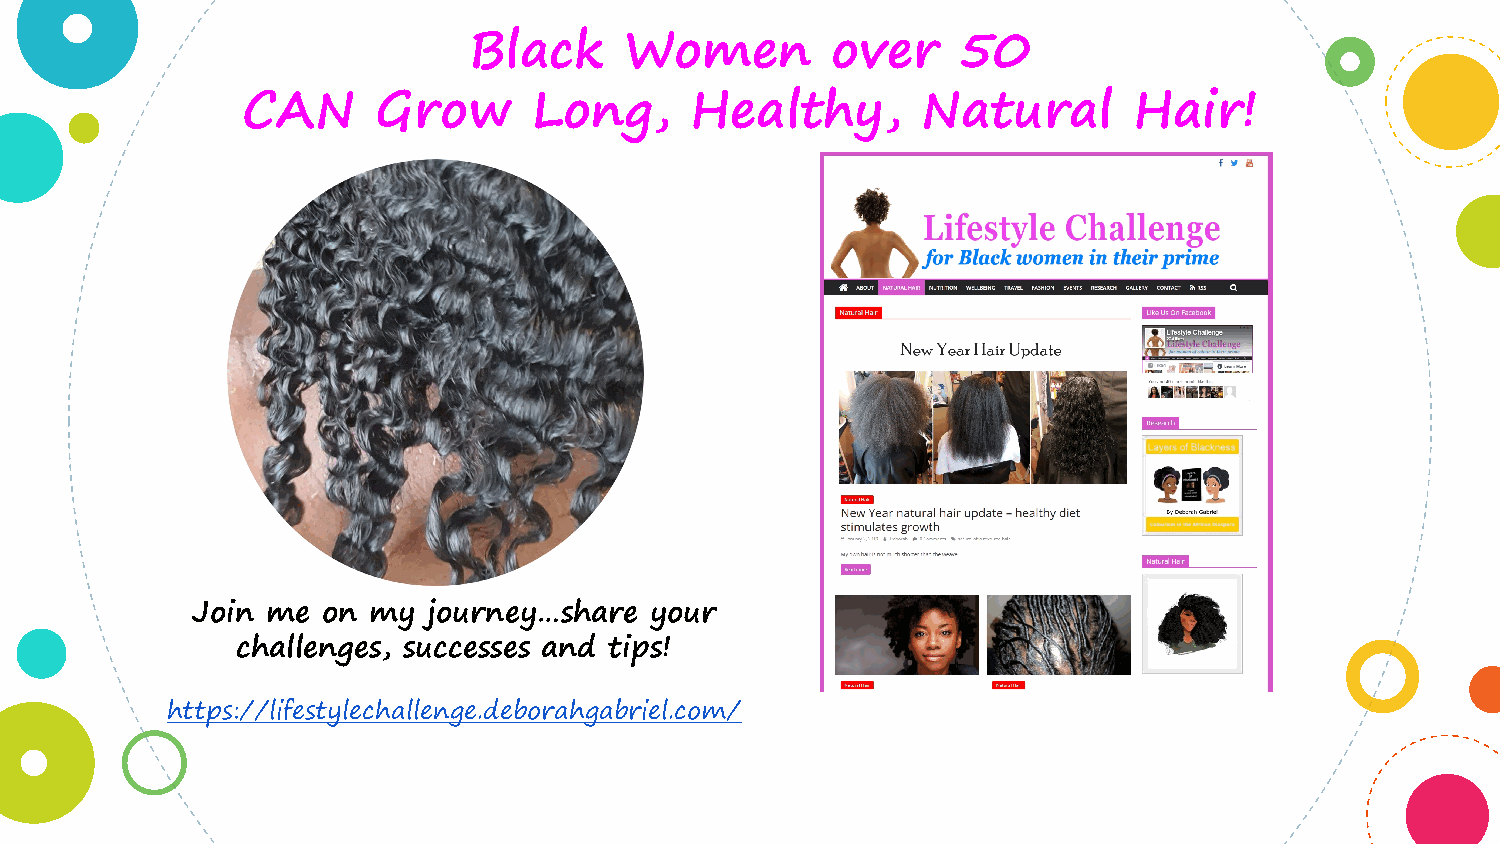
Black     Women         over    50
 CAN      Grow      Long,      Healthy,       Natural       Hair!
 Join me on my  journey…share  your
 challenges, successes and tips!
 https://lifestylechallenge.deborahgabriel.com/